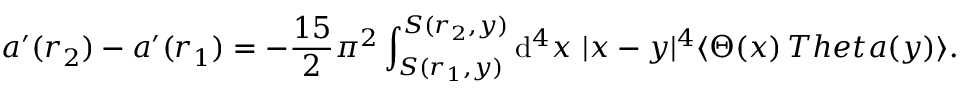
a ^ { \prime } ( r _ { 2 } ) - a ^ { \prime } ( r _ { 1 } ) = - \frac { 1 5 } { 2 } \pi ^ { 2 } \int _ { S ( r _ { 1 } , y ) } ^ { S ( r _ { 2 } , y ) } \mathrm { d } ^ { 4 } x \ | x - y | ^ { 4 } \langle \Theta ( x ) \, T h e t a ( y ) \rangle .